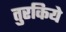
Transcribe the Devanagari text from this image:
तुरकिये